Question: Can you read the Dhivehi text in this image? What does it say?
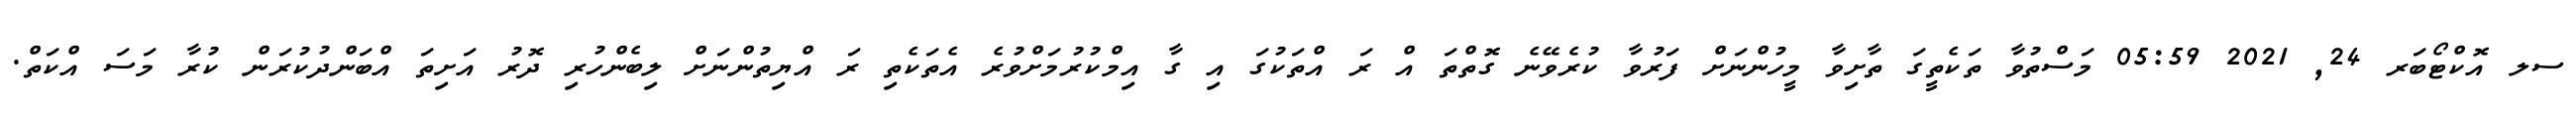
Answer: ސލ އޮކްޓޯބަރ 24, 2021 05:59 މަސްތުވާ ތަކެތީގަ ތާށިވާ މީހުންނަށް ފަރުވާ ކުރެވޭނެ ގޮތްތަ އް ރަ އްތަކުގަ އި ގާ އިމްކުރުމަށްވުރެ އެތަކެތި ރަ އްޔިތުންނަށް ލިބެންހުރި ދޮރު އަށިތަ އްބަންދުކުރަން ކުރާ މަސަ އްކަތް.